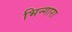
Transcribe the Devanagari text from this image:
भिन्गारा